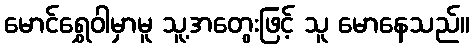
မောင်ရွှေဝါမှာမူ သူ့အတွေးဖြင့် သူ မောနေသည်။